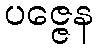
ပဇ္ဇေန